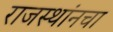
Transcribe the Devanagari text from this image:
राजस्थांनचा